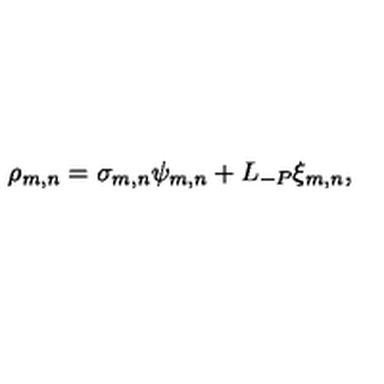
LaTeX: \rho _ { m , n } = \sigma _ { m , n } \psi _ { m , n } + L _ { - P } \xi _ { m , n } ,